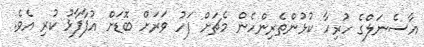
އާސެނަލްގެ ހުރިހާ ކުޅުންތެރިންހެން މެޗަށް ފަހު ވަރަށް ބޮޑަށް އުފާފާޅު ކުރި އެވެ.